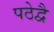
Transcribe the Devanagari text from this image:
पठेद्वै